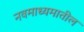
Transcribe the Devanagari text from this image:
नवमाध्यमातील